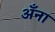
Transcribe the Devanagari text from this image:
अँना